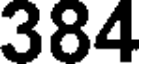
384